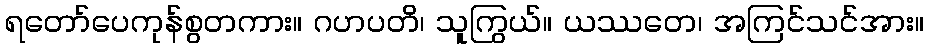
ရတော်ပေကုန်စွတကား။ ဂဟပတိ၊ သူကြွယ်။ ယဿတေ၊ အကြင်သင်အား။